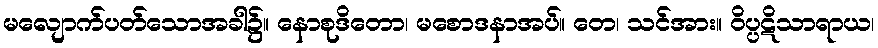
မလျောက်ပတ်သောအခါ၌။ နောစုဒိတော၊ မစောဒနာအပ်။ တေ၊ သင်အား။ ဝိပ္ပဋိသာရာယ၊